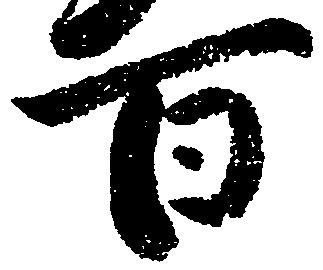
百